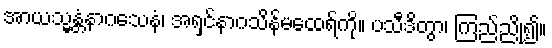
အာယသ္မန္တံနာဂသေနံ၊ အရှင်နာဂသိန်မထေရ်ကို။ ပသီဒိတွာ၊ ကြည်ညို၍။